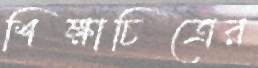
শিক্ষাচিত্রের